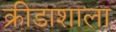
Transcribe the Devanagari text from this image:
क्रीडाशाला